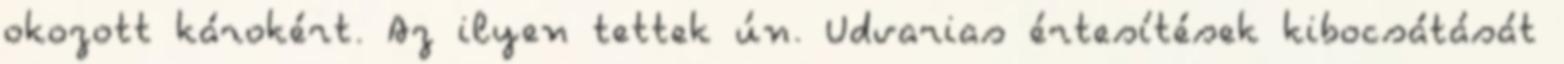
okozott károkért. Az ilyen tettek ún. Udvarias értesítések kibocsátását